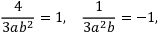
\frac { 4 } { 3 a b ^ { 2 } } = 1 , \; \; \; \frac { 1 } { 3 a ^ { 2 } b } = - 1 ,